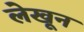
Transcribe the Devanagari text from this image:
लेखून